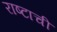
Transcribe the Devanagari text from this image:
राष्टाची